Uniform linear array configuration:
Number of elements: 16
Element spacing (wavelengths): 0.25
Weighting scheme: blackman
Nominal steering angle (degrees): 45
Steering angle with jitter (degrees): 45.362
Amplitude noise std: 0.05
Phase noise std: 0.05

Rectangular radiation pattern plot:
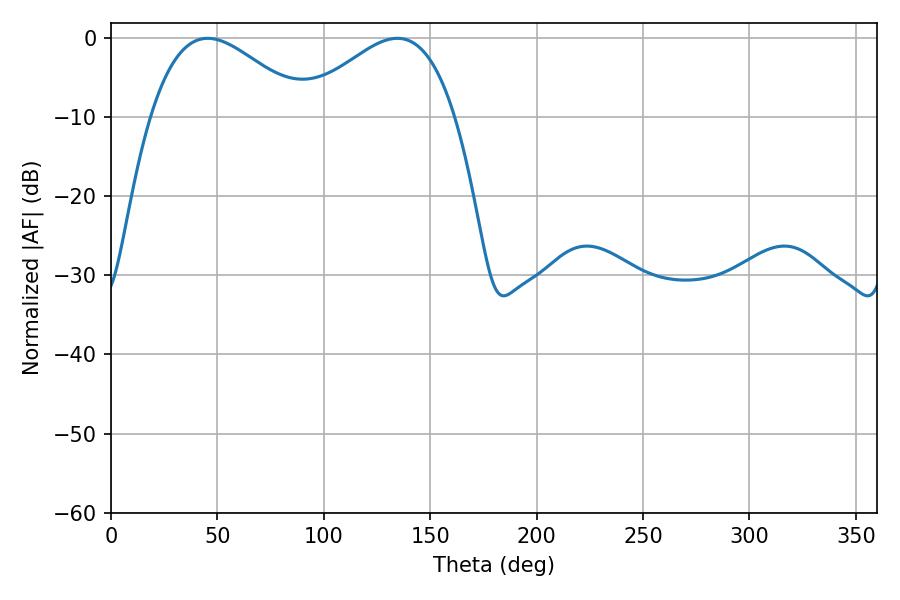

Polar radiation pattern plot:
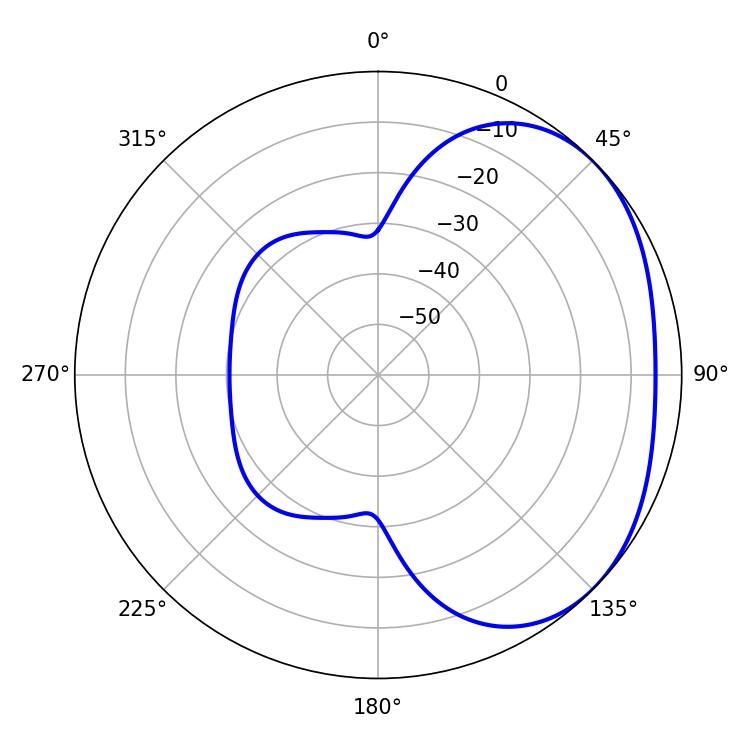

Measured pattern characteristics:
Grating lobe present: FALSE
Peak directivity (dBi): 2.522
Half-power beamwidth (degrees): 39.42
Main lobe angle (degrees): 45.36